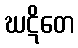
ဃဋိတေ